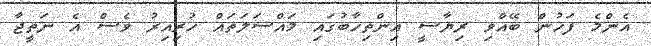
އެންމެ ފަހުން ބޭއްވި ރިޔާސީ އިންތިހާބުގައި މައްސަލަތައް ހުރިއިރު ވެސް އެ ނަތީޖާ